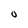
Character: U